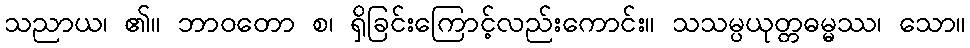
သညာယ၊ ၏။ ဘာဝတော စ၊ ရှိခြင်းကြောင့်လည်းကောင်း။ သသမ္ပယုတ္တဓမ္မဿ၊ သော။